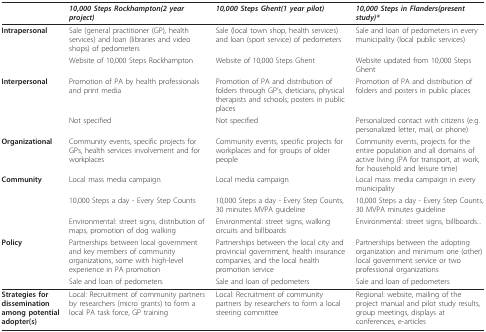
<table><thead><tr><td></td><td><b><i>10,000 Steps Rockhampton</i><i>(2 year project)</i></b></td><td><b><i>10,000 Steps Ghent</i><i>(1 year pilot)</i></b></td><td><b><i>10,000 Steps in Flanders</i><i>(present study)*</i></b></td></tr></thead><tbody><tr><td><b>Intrapersonal</b></td><td>Sale (general practitioner (GP), health services) and loan (libraries and video shops) of pedometers</td><td>Sale (local town shop, health services) and loan (sport service) of pedometers</td><td>Sale and loan of pedometers in every municipality (local public services)</td></tr><tr><td></td><td>Website of 10,000 Steps Rockhampton</td><td>Website of 10,000 Steps Ghent</td><td>Website updated from 10,000 Steps Ghent</td></tr><tr><td><b>Interpersonal</b></td><td>Promotion of PA by health professionals and print media</td><td>Promotion of PA and distribution of folders through GP&#x27;s, dieticians, physical therapists and schools; posters in public places</td><td>Promotion of PA and distribution of folders and posters in public places</td></tr><tr><td></td><td>Not specified</td><td>Not specified</td><td>Personalized contact with citizens (e.g. personalized letter, mail, or phone)</td></tr><tr><td><b>Organizational</b></td><td>Community events, specific projects for GPs, health services involvement and for workplaces</td><td>Community events, specific projects for workplaces and for groups of older people</td><td>Community events, projects for the entire population and all domains of active living (PA for transport, at work, for household and leisure time)</td></tr><tr><td><b>Community</b></td><td>Local mass media campaign</td><td>Local media campaign</td><td>Local mass media campaign in every municipality</td></tr><tr><td></td><td>10,000 Steps a day - Every Step Counts</td><td>10,000 Steps a day - Every Step Counts, 30 minutes MVPA guideline</td><td>10,000 Steps a day - Every Step Counts, 30 MVPA minutes guideline</td></tr><tr><td></td><td>Environmental: street signs, distribution of maps, promotion of dog walking</td><td>Environmental: street signs, walking circuits and billboards</td><td>Environmental: street signs, billboards...</td></tr><tr><td><b>Policy</b></td><td>Partnerships between local government and key members of community organizations, some with high-level experience in PA promotion</td><td>Partnerships between the local city and provincial government, health insurance companies, and the local health promotion service</td><td>Partnerships between the adopting organization and minimum one (other) local government service or two professional organizations</td></tr><tr><td></td><td>Sale and loan of pedometers</td><td>Sale and loan of pedometers</td><td>Sale and loan of pedometers</td></tr><tr><td><b>Strategies for dissemination among potential adopter(s)</b></td><td>Local: Recruitment of community partners by researchers (micro grants) to form a local PA task force, GP training</td><td>Local: Recruitment of community partners by researchers to form a local steering committee</td><td>Regional: website, mailing of the project manual and pilot study results, group meetings, displays at conferences, e-articles</td></tr></tbody></table>